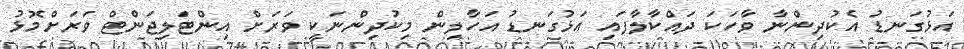
އަޅުގަނޑު އެކުދިންނާ ވާހަކަ ދައްކާލާފައި އަޅުގަނޑު އަހާލިން މިކުދިންނަކީ ވަރަށް އިންޓަލިޖަންޓް ވަރަށްމޮޅު